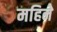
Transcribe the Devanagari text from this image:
महिनेे